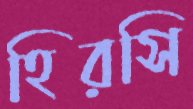
হিরসি